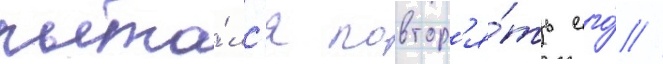
пыта́лс'я повтор'я́ть его́ //